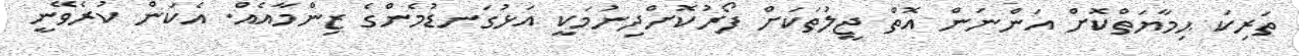
ތަރިކަ ޙިމާޔަތްކޮށް އަންނަން އޮތް ޖީލުތަކަށް ފޯރުކޮށްދިނުމަކީ އަޅުގަނޑުމެންގެ ޒިންމާއެއް. އެކަން ކުރެވޭނީ